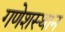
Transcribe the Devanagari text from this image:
गणेशस्थान